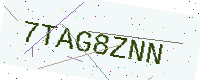
Text: 7TAG8ZNN